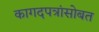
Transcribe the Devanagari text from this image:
कागदपत्रांसोबत